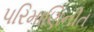
પરિમાણિનીત